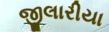
જીલારીયા